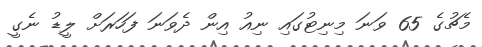
މެޗުގެ 65 ވަނަ މިނިޓުގައި ނިއު އިން ދެވަނަ ފަހަރަށް ލީޑު ނެގީ